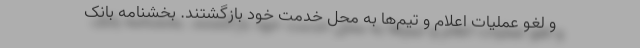
و لغو عملیات اعلام و تیم‌ها به محل خدمت خود بازگشتند. بخشنامه بانک